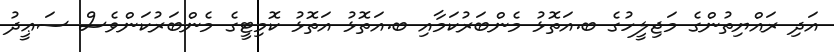
އަދި ރައްޔިތުންގެ މަޖިލީހުގެ ބ.އަތޮޅު މެންބަރުކަމާއި ބ.އަތޮޅު އަތޮޅު ކޮމިޓީގެ މެންބަރުކަންވެސް ސަޢީދު